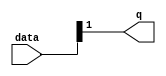
module  acl_fp_add_sub_fast_double_altpriority_encoder_3v7
	( 
	data,
	q) ;
	input   [1:0]  data;
	output   [0:0]  q;
	assign
		q = {data[1]};
endmodule